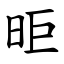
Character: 昛